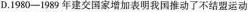
D.1980-1989年建交国家增加表明我国推动了不结盟运动